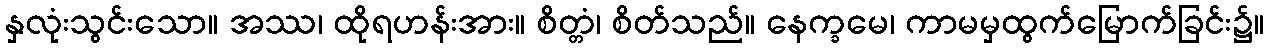
နှလုံးသွင်းသော။ အဿ၊ ထိုရဟန်းအား။ စိတ္တံ၊ စိတ်သည်။ နေက္ခမေ၊ ကာမမှထွက်မြောက်ခြင်း၌။